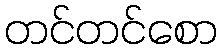
တင်တင်စော